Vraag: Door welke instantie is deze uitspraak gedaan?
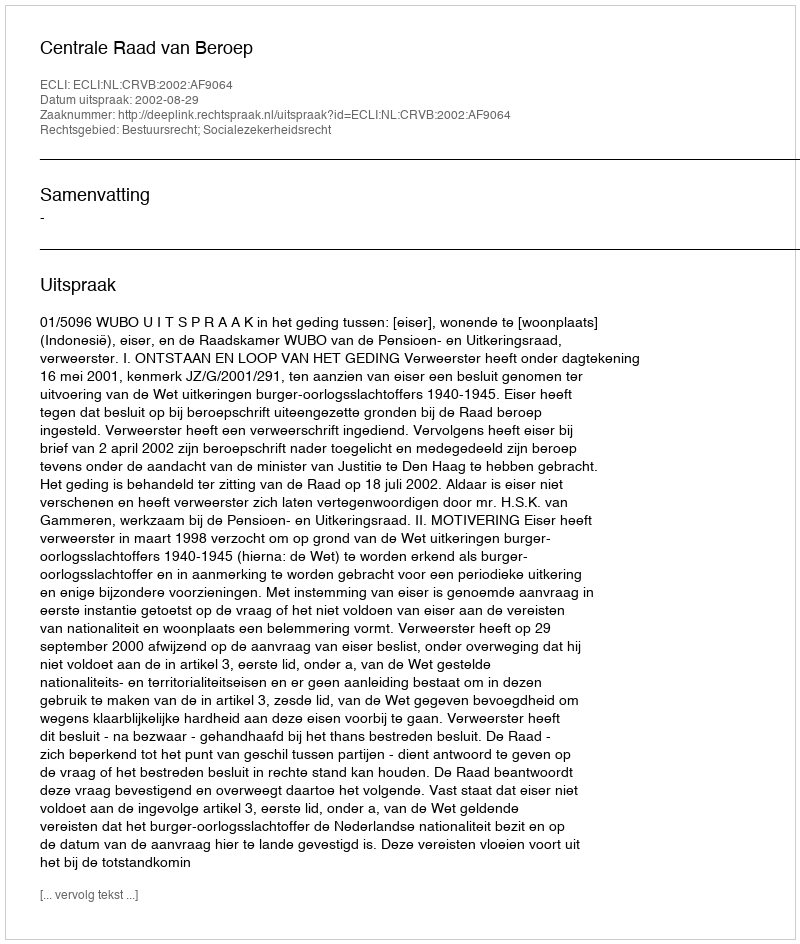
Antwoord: Centrale Raad van Beroep